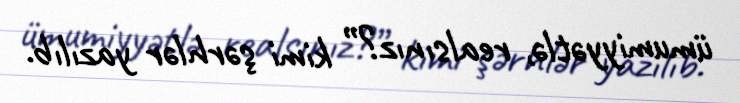
ümumiyyətlə, realsınız?” kimi şərhlər yazılıb.